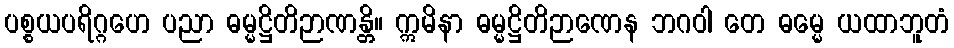
ပစ္စယပရိဂ္ဂဟေ ပညာ ဓမ္မဋ္ဌိတိဉာဏန္တိ။ ဣမိနာ ဓမ္မဋ္ဌိတိဉာဏေန ဘဂဝါ တေ ဓမ္မေ ယထာဘူတံ